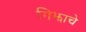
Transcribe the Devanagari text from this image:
गिझाचे